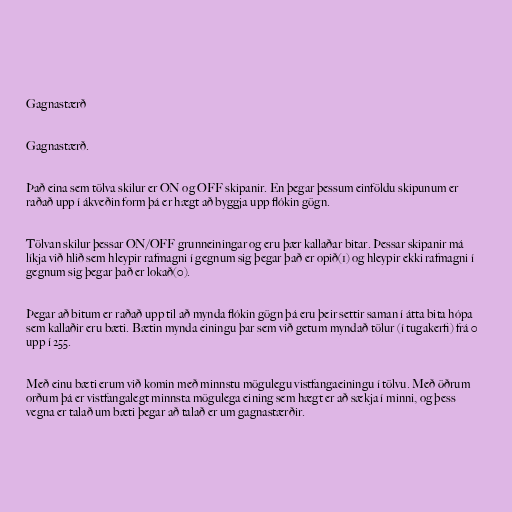
Gagnastærð

Gagnastærð.

Það eina sem tölva skilur er ON og OFF skipanir. En þegar þessum einföldu skipunum er
raðað upp í ákveðin form þá er hægt að byggja upp flókin gögn.

Tölvan skilur þessar ON/OFF grunneiningar og eru þær kallaðar bitar. Þessar skipanir má
líkja við hlið sem hleypir rafmagni í gegnum sig þegar það er opið(1) og hleypir ekki rafmagni í
gegnum sig þegar það er lokað(0).

Þegar að bitum er raðað upp til að mynda flókin gögn þá eru þeir settir saman í átta bita hópa
sem kallaðir eru bæti. Bætin mynda einingu þar sem við getum myndað tölur (í tugakerfi) frá 0
upp í 255.

Með einu bæti erum við komin með minnstu mögulegu vistfangaeiningu í tölvu. Með öðrum
orðum þá er vistfangalegt minnsta mögulega eining sem hægt er að sækja í minni, og þess
vegna er talað um bæti þegar að talað er um gagnastærðir.